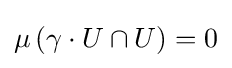
\mu \left(\gamma \cdot U\cap U\right)=0